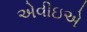
એવીઇએ